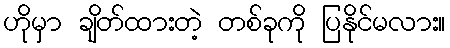
ဟိုမှာ ချိတ်ထားတဲ့ တစ်ခုကို ပြနိုင်မလား။